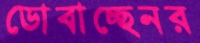
ডোবাচ্ছেনর